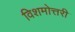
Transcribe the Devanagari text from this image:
विशमोत्तरी